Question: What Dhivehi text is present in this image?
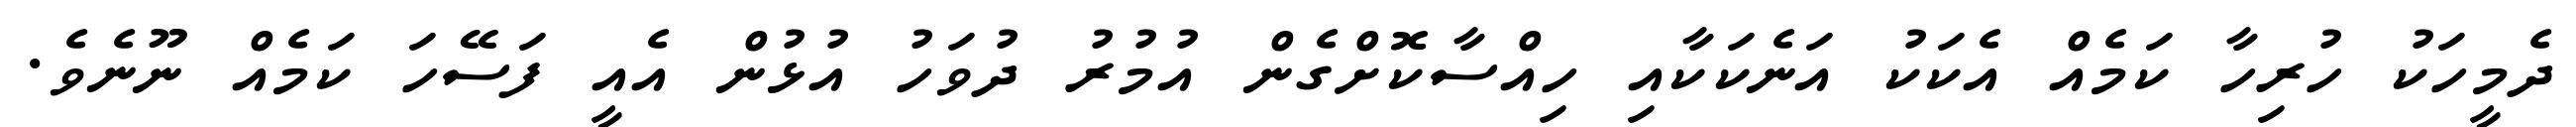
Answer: ދެމީހަކު ހުރިހާ ކަމެއް އެކަކު އަނެކަކާއި ހިއްސާކޮށްގެން އުމުރު ދުވަހު އުޅުން އެއީ ފަސޭހަ ކަމެއް ނޫނެވެ.